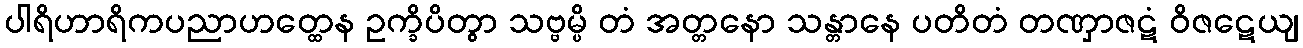
ပါရိဟာရိကပညာဟတ္ထေန ဥက္ခိပိတွာ သဗ္ဗမ္ပိ တံ အတ္တနော သန္တာနေ ပတိတံ တဏှာဇဋံ ဝိဇဋေယျ